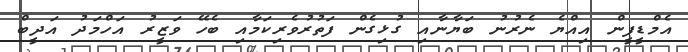
އެމްޑީޕީން އިއްޔެ ނެރުނު ބަޔާނާއި ގުޅިގެން ފަތުރުވެރިކަމާއި ބެހޭ ވަޒީރު އަހްމަދު އަދީބް